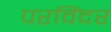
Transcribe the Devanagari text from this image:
परविंदर